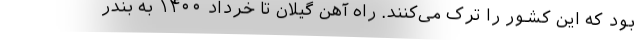
بود که این کشور را ترک می‌کنند. راه آهن گیلان تا خرداد ۱۴۰۰ به بندر